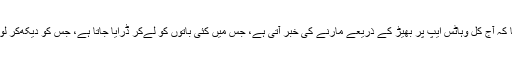
انہوں نے یہ بھی بتایا کہ آج کل وہاٹس ایپ پر بھیڑ کے ذریعے مارنے کی خبر آتی ہے، جس میں کئی باتوں کو لےکر ڈرایا جاتا ہے، جس کو دیکھ‌کر لوگ ایسا کر رہے ہیں۔